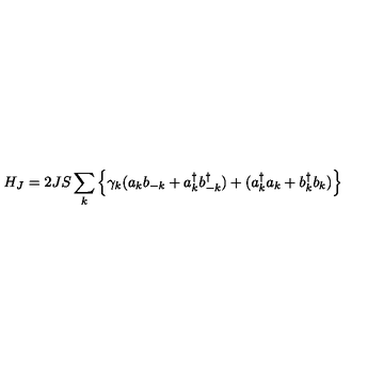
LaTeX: H _ { J } = 2 J S \sum _ { k } \left\{ \gamma _ { k } ( a _ { k } b _ { - k } + a _ { k } ^ { \dagger } b _ { - k } ^ { \dagger } ) + ( a _ { k } ^ { \dagger } a _ { k } + b _ { k } ^ { \dagger } b _ { k } ) \right\}